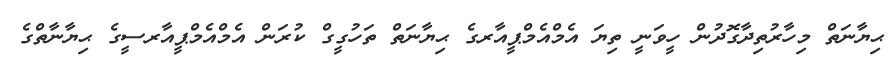
ޙިޔާނަތް މިހާރުތިދާގޮދުން ހީވަނީ ތިޔަ އެމްއެމްޕީއާރގެ ޙިޔާނަތް ތަހުގީގް ކުރަން އެމްއެމްޕީއާރސީގެ ޙިޔާނާތްގެ